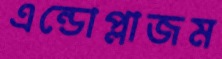
এন্ডোপ্লাজম